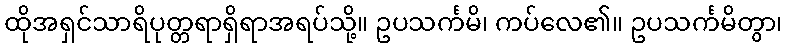
ထိုအရှင်သာရိပုတ္တရာရှိရာအရပ်သို့။ ဥပသင်္ကမိ၊ ကပ်လေ၏။ ဥပသင်္ကမိတွာ၊